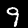
Label: 9